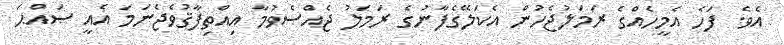
އެވެ. ފަހެ އެމީހެއްގެ ރަމަލުޖެހުން އެކަލޭގެފާނުގެ ރަމަލު ޖެއްސެވުމާ އިއްތިފާޤުވެޖެނަމަ އެއީ ޞައްޙަ